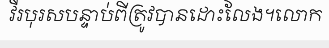
វីរបុរសបន្ទាប់ពីត្រូវបានដោះលែង។លោក